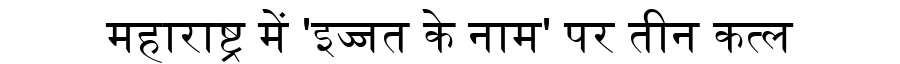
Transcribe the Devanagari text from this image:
महाराष्ट्र में 'इज्जत के नाम' पर तीन कत्ल